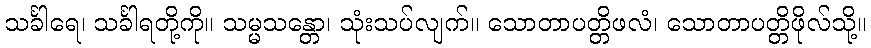
သင်္ခါရေ၊ သင်္ခါရတို့ကို။ သမ္မသန္တော၊ သုံးသပ်လျက်။ သောတာပတ္တိဖလံ၊ သောတာပတ္တိဖိုလ်သို့။